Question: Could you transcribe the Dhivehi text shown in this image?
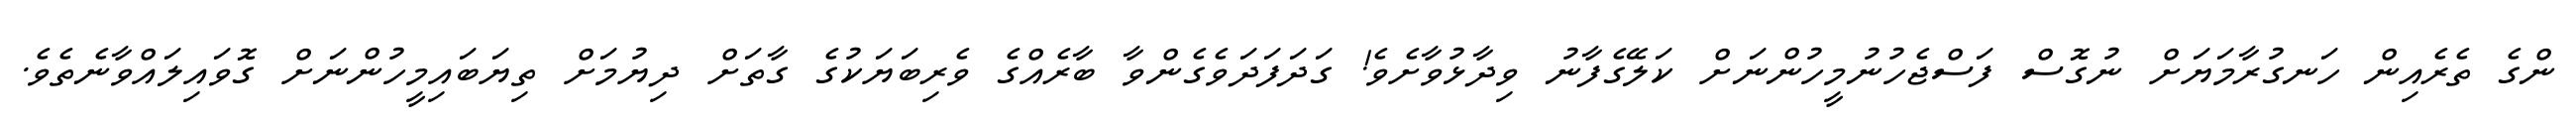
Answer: ންގެ ތެރެއިން ހަނގުރާމަޔަށް ނުގޮސް ފަސްޖެހުނުމީހުންނަށް ކަލޭގެފާނު ވިދާޅުވާށެވެ! ގަދަފަދަވެގެންވާ ބާރެއްގެ ވެރިބަޔަކުގެ ގާތަށް ދިޔުމަށް ތިޔަބައިމީހުންނަށް ގޮވައިލައްވާނެތެވެ.